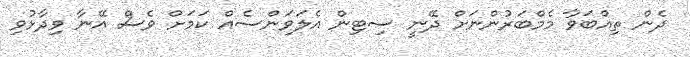
ދެން ތިއްބަވާ މެމްބަރުންނަށް ދޭނީ ސިޓިން އެލަވަންސެއް ކަމަށް ވެސް އޭނާ ވިދާޅުވި